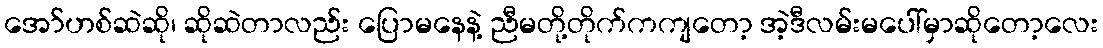
အော်ဟစ်ဆဲဆို၊ ဆိုဆဲတာလည်း ပြောမနေနဲ့ ညီမတို့တိုက်ကကျတော့ အဲ့ဒီလမ်းမပေါ်မှာဆိုတော့လေး